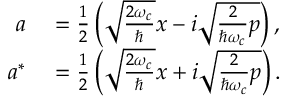
\begin{array} { r l } { a } & { { } = \frac { 1 } { 2 } \left( \sqrt { \frac { 2 \omega _ { c } } { \hbar } } x - i \sqrt { \frac { 2 } { \hbar \omega _ { c } } p } \right) , } \\ { a ^ { * } } & { { } = \frac { 1 } { 2 } \left( \sqrt { \frac { 2 \omega _ { c } } { \hbar } } x + i \sqrt { \frac { 2 } { \hbar \omega _ { c } } p } \right) . } \end{array}